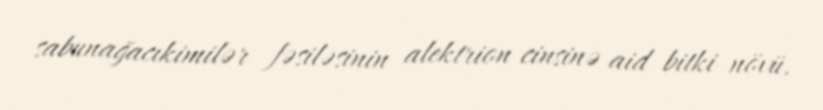
sabunağacıkimilər fəsiləsinin alektrion cinsinə aid bitki növü.